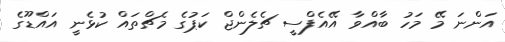
އަންނަ މޭ މަހު ބާއްވާ އޭއެފްސީ ޗެލެންޖް ކަޕުގެ މެޗްތައް ކުޅެނީ އައްޑޫގެ